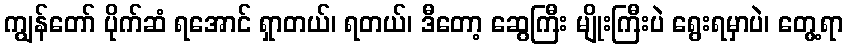
ကျွန်တော် ပိုက်ဆံ ရအောင် ရှာတယ်၊ ရတယ်၊ ဒီတော့ ဆွေကြီး မျိုးကြီးပဲ ရွေးရမှာပဲ၊ တွေ့ရာ